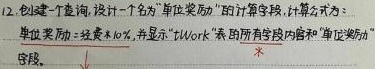
12. 创建一个查询, 设计一个名为 "单位奖励" 的计算字段, 计算公式为：单位奖励 = 绩效 * 10%, 并显示 "tWork" 表的所有字段内容和 "单位奖励" 。